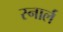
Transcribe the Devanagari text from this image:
स्नार्ल